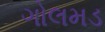
ગોલમડ